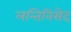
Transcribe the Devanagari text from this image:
लन्तिनिसेद